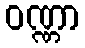
ဝဏ္ဏာ